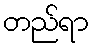
တည်ရာ